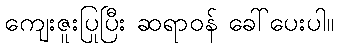
ကျေးဇူးပြုပြီး ဆရာဝန် ခေါ်ပေးပါ။